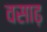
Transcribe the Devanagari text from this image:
वसाढ़